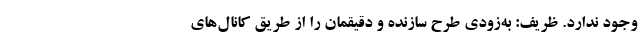
وجود ندارد. ظریف: به‌زودی طرح سازنده و دقیقمان را از طریق کانال‌های